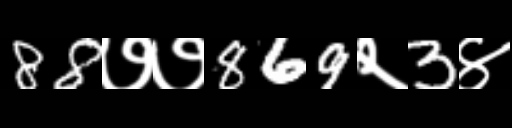
Text: 88७७869२3४